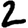
Digit: 2